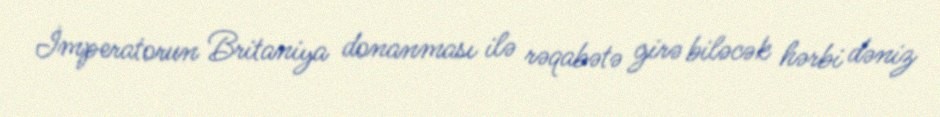
İmperatorun Britaniya donanması ilə rəqabətə girə biləcək hərbi dəniz